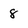
Character: 8